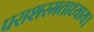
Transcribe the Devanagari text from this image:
पराशरमताध्याय।